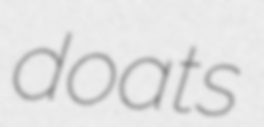
doats